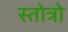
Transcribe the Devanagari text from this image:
स्तोत्रो